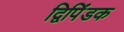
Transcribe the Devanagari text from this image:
द्विपिंडक